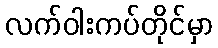
လက်ဝါးကပ်တိုင်မှာ